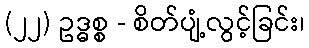
(၂၂) ဥဒ္ဓစ္စ - စိတ်ပျံ့လွင့်ခြင်း၊